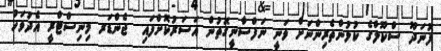
ފުނަދޫ ސްކޫލްގެ ކުޅުންތެރިންނަށް ވަނީ ނަފްސާނީގޮތުން އަސަރުކޮށްފައި  ޖެންޑަރ މިނިސްޓްރީ އެދުވަހު